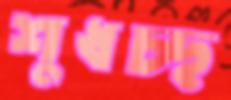
শুধচ্ছ